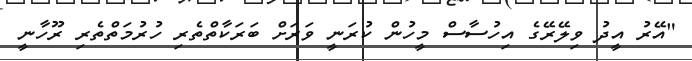
"އޭރު އީދު ވިލޭރޭގެ އިހުސާސް މީހުން ކުރަނީ ވަރަށް ބަރަކާތްތެރި ހުރުމަތްތެރި ރޫހާނީ